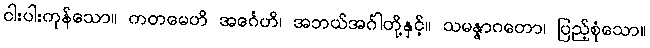
ငါးပါးကုန်သော။ ကတမေဟိ အင်္ဂေဟိ၊ အဘယ်အင်္ဂါတို့နှင့်။ သမန္နာဂတော၊ ပြည့်စုံသော။